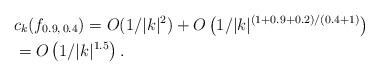
LaTeX: \begin{align*}&c_k(f_{0.9,\,0.4}) = O(1/|k|^2) + O\left(1/|k|^{(1 + 0.9 + 0.2)/(0.4+1)}\right) \\&= O\left(1/|k|^{1.5}\right).\end{align*}